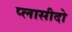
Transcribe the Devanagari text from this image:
प्लासीदो